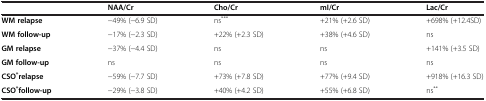
|  | NAA/Cr | Cho/Cr | mI/Cr | Lac/Cr |
 | --- | --- | --- | --- | --- |
 | WM relapse | −49% (−6.9 SD) | ns*** | +21% (+2.6 SD) | +698% (+12.4SD) |
 | WM follow-up | −17% (−2.3 SD) | +22% (+2.3 SD) | +38% (+4.6 SD) | ns |
 | GM relapse | −37% (−4.4 SD) | ns | ns | +141% (+3.5 SD) |
 | GM follow-up | ns | ns | ns | ns |
 | CSO*relapse | −59% (−7.7 SD) | +73% (+7.8 SD) | +77% (+9.4 SD) | +918% (+16.3 SD) |
 | CSO*follow-up | −29% (−3.8 SD) | +40% (+4.2 SD) | +55% (+6.8 SD) | ns** |